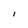
Character: I